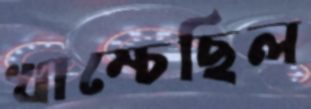
খাম্‌চেছিল